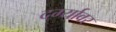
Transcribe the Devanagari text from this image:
दर्ग्यावर